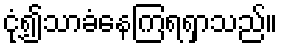
ငုံ့၍သာခံနေကြရရှာသည်။